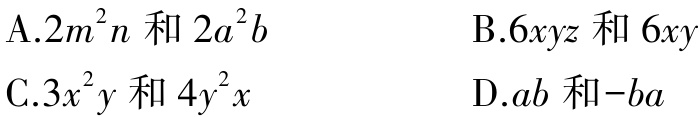
A.$2m^{2}n$和$2a^{2}b$

B.$6xyz$和$6xy$

C.$3x^{2}y$和$4y^{2}x$

D.$ab$和$-ba$